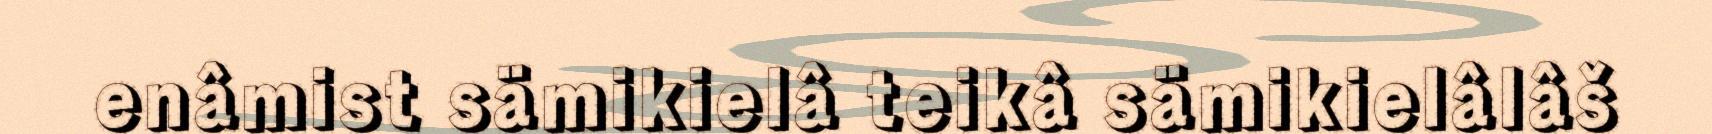
enâmist sämikielâ teikâ sämikielâlâš